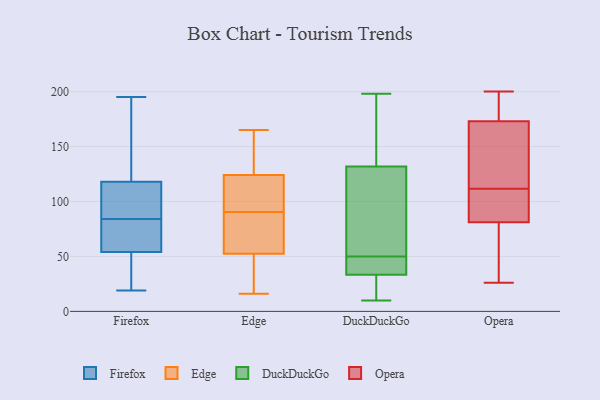
{"axis": {"x": "Energy Usage (MWh)", "y": "Value"}, "legend": ["DuckDuckGo", "Edge", "Firefox", "Opera"], "data": [{"x": "", "y": 77, "type": "Firefox"}, {"x": "", "y": 39, "type": "Firefox"}, {"x": "", "y": 107, "type": "Firefox"}, {"x": "", "y": 88, "type": "Firefox"}, {"x": "", "y": 126, "type": "Firefox"}, {"x": "", "y": 195, "type": "Firefox"}, {"x": "", "y": 179, "type": "Firefox"}, {"x": "", "y": 110, "type": "Firefox"}, {"x": "", "y": 80, "type": "Firefox"}, {"x": "", "y": 55, "type": "Firefox"}, {"x": "", "y": 19, "type": "Firefox"}, {"x": "", "y": 53, "type": "Firefox"}, {"x": "", "y": 43, "type": "Edge"}, {"x": "", "y": 150, "type": "Edge"}, {"x": "", "y": 155, "type": "Edge"}, {"x": "", "y": 92, "type": "Edge"}, {"x": "", "y": 95, "type": "Edge"}, {"x": "", "y": 105, "type": "Edge"}, {"x": "", "y": 16, "type": "Edge"}, {"x": "", "y": 57, "type": "Edge"}, {"x": "", "y": 89, "type": "Edge"}, {"x": "", "y": 165, "type": "Edge"}, {"x": "", "y": 48, "type": "Edge"}, {"x": "", "y": 116, "type": "Edge"}, {"x": "", "y": 71, "type": "Edge"}, {"x": "", "y": 30, "type": "Edge"}, {"x": "", "y": 70, "type": "Edge"}, {"x": "", "y": 132, "type": "Edge"}, {"x": "", "y": 34, "type": "DuckDuckGo"}, {"x": "", "y": 50, "type": "DuckDuckGo"}, {"x": "", "y": 33, "type": "DuckDuckGo"}, {"x": "", "y": 33, "type": "DuckDuckGo"}, {"x": "", "y": 131, "type": "DuckDuckGo"}, {"x": "", "y": 174, "type": "DuckDuckGo"}, {"x": "", "y": 10, "type": "DuckDuckGo"}, {"x": "", "y": 198, "type": "DuckDuckGo"}, {"x": "", "y": 38, "type": "DuckDuckGo"}, {"x": "", "y": 87, "type": "DuckDuckGo"}, {"x": "", "y": 132, "type": "DuckDuckGo"}, {"x": "", "y": 86, "type": "Opera"}, {"x": "", "y": 83, "type": "Opera"}, {"x": "", "y": 105, "type": "Opera"}, {"x": "", "y": 184, "type": "Opera"}, {"x": "", "y": 105, "type": "Opera"}, {"x": "", "y": 143, "type": "Opera"}, {"x": "", "y": 137, "type": "Opera"}, {"x": "", "y": 40, "type": "Opera"}, {"x": "", "y": 26, "type": "Opera"}, {"x": "", "y": 81, "type": "Opera"}, {"x": "", "y": 63, "type": "Opera"}, {"x": "", "y": 118, "type": "Opera"}, {"x": "", "y": 173, "type": "Opera"}, {"x": "", "y": 177, "type": "Opera"}, {"x": "", "y": 62, "type": "Opera"}, {"x": "", "y": 200, "type": "Opera"}, {"x": "", "y": 178, "type": "Opera"}, {"x": "", "y": 137, "type": "Opera"}]}